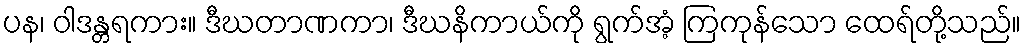
ပန၊ ဝါဒန္တရကား။ ဒီဃတာဏကာ၊ ဒီဃနိကာယ်ကို ရွက်အံ့ ကြကုန်သော ထေရ်တို့သည်။